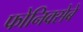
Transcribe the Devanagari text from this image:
फोनिक्सेबे